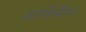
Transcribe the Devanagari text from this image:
शान्तिर्वैराग्यं